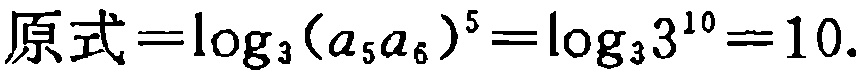
\[\text{原式}=\log_{3}(a_{5}a_{6})^{5}=\log_{3}3^{10}=10.\]